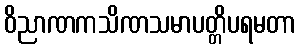
ဝိညာဏကသိဏသမာပတ္တိပရမတာ